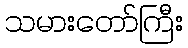
သမားတော်ကြီး